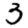
Digit: 3